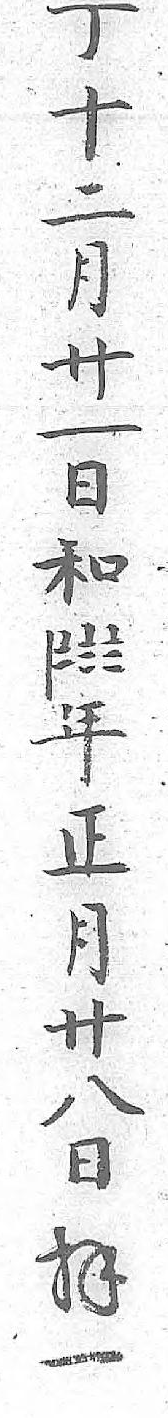
丁〡年十〧正二〨月月〨卄卄
八一 日日 拝和 一